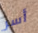
أسر